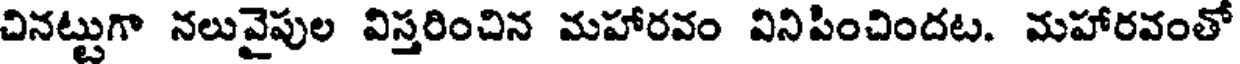
చినట్టుగా నలువైపుల విస్తరించిన మహారవం వినిపించిందట. మహారవంతో